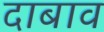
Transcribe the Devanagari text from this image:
दाबाव